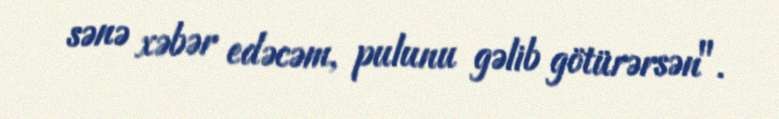
sənə xəbər edəcəm, pulunu gəlib götürərsən".